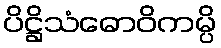
ပိဋ္ဌိသံဓောဝိကမ္ပိ